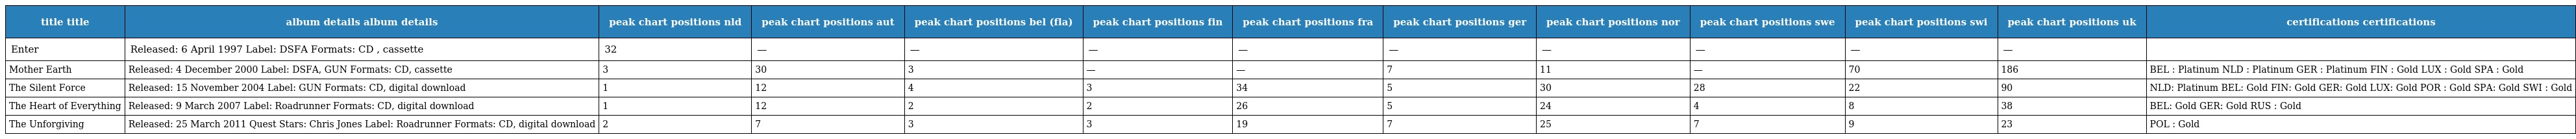
| title title | album details album details | peak chart positions nld | peak chart positions aut | peak chart positions bel (fla) | peak chart positions fin | peak chart positions fra | peak chart positions ger | peak chart positions nor | peak chart positions swe | peak chart positions swi | peak chart positions uk | certifications certifications |
 | --- | --- | --- | --- | --- | --- | --- | --- | --- | --- | --- | --- | --- |
 | Enter | Released: 6 April 1997 Label: DSFA Formats: CD , cassette | 32 | — | — | — | — | — | — | — | — | — |  |
 | Mother Earth | Released: 4 December 2000 Label: DSFA, GUN Formats: CD, cassette | 3 | 30 | 3 | — | — | 7 | 11 | — | 70 | 186 | BEL : Platinum NLD : Platinum GER : Platinum FIN : Gold LUX : Gold SPA : Gold |
 | The Silent Force | Released: 15 November 2004 Label: GUN Formats: CD, digital download | 1 | 12 | 4 | 3 | 34 | 5 | 30 | 28 | 22 | 90 | NLD: Platinum BEL: Gold FIN: Gold GER: Gold LUX: Gold POR : Gold SPA: Gold SWI : Gold |
 | The Heart of Everything | Released: 9 March 2007 Label: Roadrunner Formats: CD, digital download | 1 | 12 | 2 | 2 | 26 | 5 | 24 | 4 | 8 | 38 | BEL: Gold GER: Gold RUS : Gold |
 | The Unforgiving | Released: 25 March 2011 Quest Stars: Chris Jones Label: Roadrunner Formats: CD, digital download | 2 | 7 | 3 | 3 | 19 | 7 | 25 | 7 | 9 | 23 | POL : Gold |